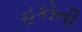
હકોની